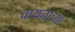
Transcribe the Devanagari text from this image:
चायनाच्या